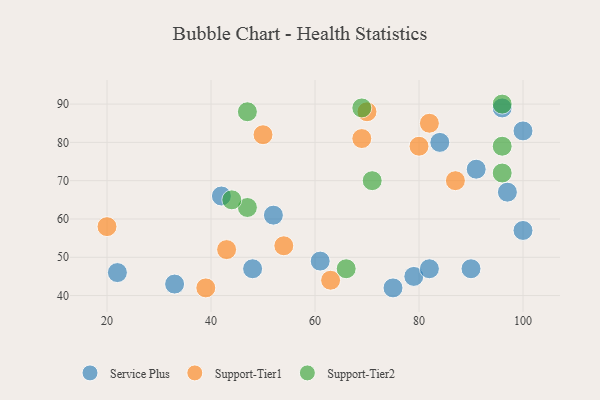
{"axis": {"x": "GDP", "y": "Life Expectancy"}, "legend": ["Service Plus", "Support-Tier1", "Support-Tier2"], "data": [{"x": "79", "y": 45, "type": "Service Plus"}, {"x": "96", "y": 89, "type": "Service Plus"}, {"x": "22", "y": 46, "type": "Service Plus"}, {"x": "90", "y": 47, "type": "Service Plus"}, {"x": "42", "y": 66, "type": "Service Plus"}, {"x": "52", "y": 61, "type": "Service Plus"}, {"x": "100", "y": 57, "type": "Service Plus"}, {"x": "100", "y": 83, "type": "Service Plus"}, {"x": "61", "y": 49, "type": "Service Plus"}, {"x": "33", "y": 43, "type": "Service Plus"}, {"x": "48", "y": 47, "type": "Service Plus"}, {"x": "84", "y": 80, "type": "Service Plus"}, {"x": "91", "y": 73, "type": "Service Plus"}, {"x": "75", "y": 42, "type": "Service Plus"}, {"x": "97", "y": 67, "type": "Service Plus"}, {"x": "82", "y": 47, "type": "Service Plus"}, {"x": "63", "y": 44, "type": "Support-Tier1"}, {"x": "80", "y": 79, "type": "Support-Tier1"}, {"x": "69", "y": 81, "type": "Support-Tier1"}, {"x": "50", "y": 82, "type": "Support-Tier1"}, {"x": "39", "y": 42, "type": "Support-Tier1"}, {"x": "82", "y": 85, "type": "Support-Tier1"}, {"x": "87", "y": 70, "type": "Support-Tier1"}, {"x": "70", "y": 88, "type": "Support-Tier1"}, {"x": "54", "y": 53, "type": "Support-Tier1"}, {"x": "20", "y": 58, "type": "Support-Tier1"}, {"x": "43", "y": 52, "type": "Support-Tier1"}, {"x": "69", "y": 89, "type": "Support-Tier2"}, {"x": "47", "y": 63, "type": "Support-Tier2"}, {"x": "44", "y": 65, "type": "Support-Tier2"}, {"x": "96", "y": 79, "type": "Support-Tier2"}, {"x": "96", "y": 90, "type": "Support-Tier2"}, {"x": "66", "y": 47, "type": "Support-Tier2"}, {"x": "71", "y": 70, "type": "Support-Tier2"}, {"x": "96", "y": 72, "type": "Support-Tier2"}, {"x": "47", "y": 88, "type": "Support-Tier2"}]}